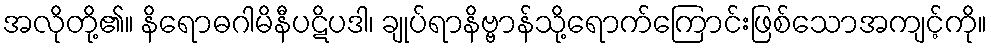
အလိုတို့၏။ နိရောဓဂါမိနီပဋိပဒါ၊ ချုပ်ရာနိဗ္ဗာန်သို့ရောက်ကြောင်းဖြစ်သောအကျင့်ကို။